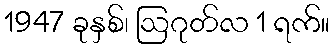
1947 ခုနှစ်၊ ဩဂုတ်လ 1 ရက်။